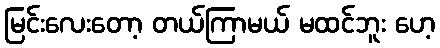
မြင်းလေးတော့ တယ်ကြာမယ် မထင်ဘူး ဟေ့